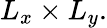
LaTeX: L_{x}\times L_{y}.